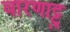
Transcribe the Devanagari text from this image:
वारणाट्टु